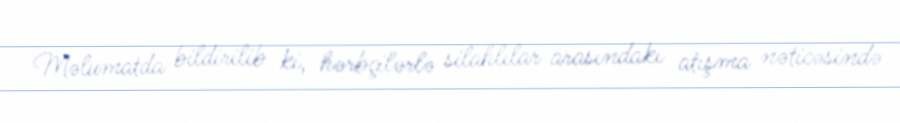
Məlumatda bildirilib ki, hərbçilərlə silahlılar arasındakı atışma nəticəsində